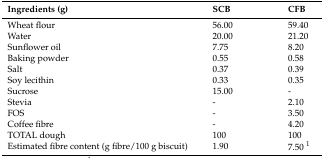
<table><thead><tr><td><b>Ingredients (g)</b></td><td><b>SCB</b></td><td><b>CFB</b></td></tr></thead><tbody><tr><td>Wheat flour</td><td>56.00</td><td>59.40</td></tr><tr><td>Water</td><td>20.00</td><td>21.20</td></tr><tr><td>Sunflower oil</td><td>7.75</td><td>8.20</td></tr><tr><td>Baking powder</td><td>0.55</td><td>0.58</td></tr><tr><td>Salt</td><td>0.37</td><td>0.39</td></tr><tr><td>Soy lecithin</td><td>0.33</td><td>0.35</td></tr><tr><td>Sucrose</td><td>15.00</td><td>-</td></tr><tr><td>Stevia</td><td>-</td><td>2.10</td></tr><tr><td>FOS</td><td>-</td><td>3.50</td></tr><tr><td>Coffee fibre</td><td>-</td><td>4.20</td></tr><tr><td>TOTAL dough</td><td>100</td><td>100</td></tr><tr><td>Estimated fibre content (g fibre/100 g biscuit)</td><td>1.90</td><td>7.50 <sup>1</sup></td></tr></tbody></table>